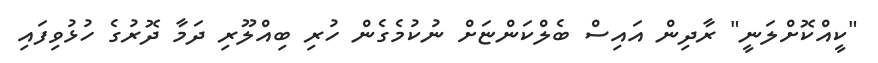
"ކީއްކޮށްލަނީ" ރާދިން އައިސް ބެލްކަންޏަށް ނުކުމެގެން ހުރި ބިއްލޫރި ދަމާ ދޮރުގެ ހުޅުވިފައި